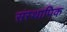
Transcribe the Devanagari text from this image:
संस्थापिक